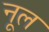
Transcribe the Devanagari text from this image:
नूल